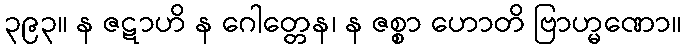
၃၉၃။ န ဇဋာဟိ န ဂေါတ္တေန၊ န ဇစ္စာ ဟောတိ ဗြာဟ္မဏော။